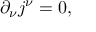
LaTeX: \partial _ { \nu } j ^ { \nu } = 0 ,